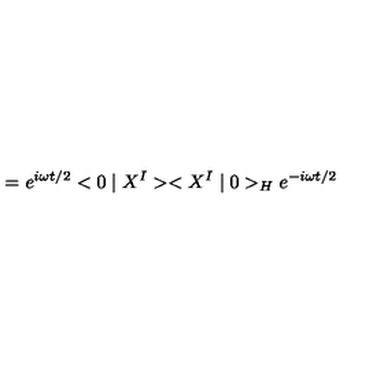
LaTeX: = e ^ { i \omega t / 2 } < 0 \mid X ^ { I } > < X ^ { I } \mid 0 > _ { H } e ^ { - i \omega t / 2 }